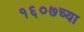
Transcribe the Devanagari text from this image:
१६०७च्या